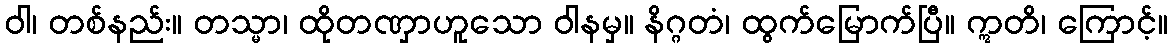
ဝါ၊ တစ်နည်း။ တသ္မာ၊ ထိုတဏှာဟူသော ဝါနမှ။ နိဂ္ဂတံ၊ ထွက်မြောက်ပြီ။ ဣတိ၊ ကြောင့်။